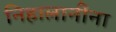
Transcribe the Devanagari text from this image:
निहालानींना